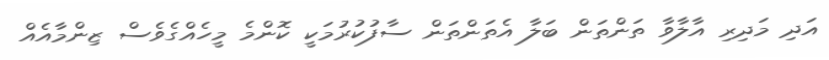
އަދި މަދިރި އާލާވާ ތަންތަން ބަލާ އެތަންތަން ސާފުކުރުމަކީ ކޮންމެ މީހެއްގެވެސް ޒިންމާއެއް